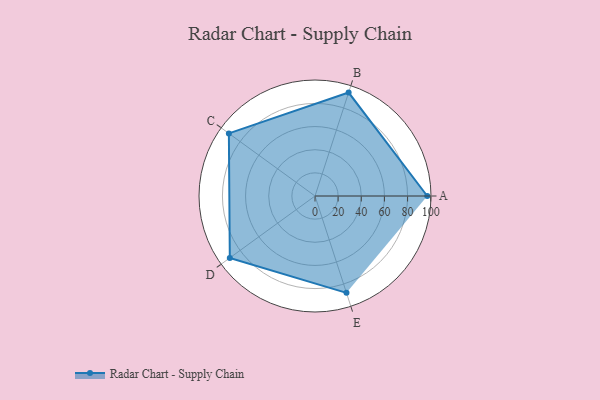
{"axis": {"x": "Skill", "y": "Score"}, "legend": ["Profile"], "data": [{"x": "A", "y": 97.0, "type": "Profile"}, {"x": "B", "y": 94.0, "type": "Profile"}, {"x": "C", "y": 92.0, "type": "Profile"}, {"x": "D", "y": 91.0, "type": "Profile"}, {"x": "E", "y": 88.0, "type": "Profile"}]}